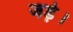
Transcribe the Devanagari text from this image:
जड़े।